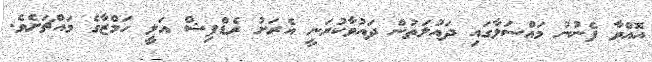
އޮއްވާ ފެނުނު މައްސަލާގައި ދައުލަތުން ދައުވާކުރަނީ އެރަށު ރެޑްފިޝް އަލީ ހަމްޒާގެ މައްޗަށެވެ.